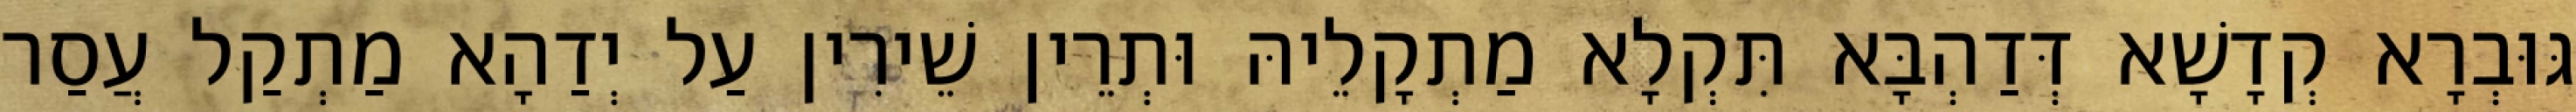
גּוּבְרָא קְדָשָׁא דְּדַהְבָּא תִּקְלָא מַתְקָלֵיהּ וּתְרֵין שֵׁירִין עַל יְדַהָא מַתְקַל עֲסַר